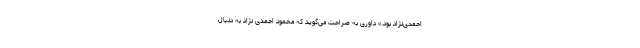
احمدی‌نژاد بود.» داوری به صراحت می‌گوید که محمود احمدی نژاد به دنبال